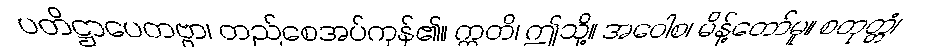
ပတိဋ္ဌာပေတဗ္ဗာ၊ တည်စေအပ်ကုန်၏။ ဣတိ၊ ဤသို့။ အဝေါစ၊ မိန့်တော်မူ။ စတုတ္တံ၊